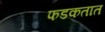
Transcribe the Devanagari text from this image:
फडकतात